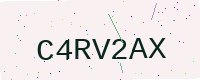
Text: C4RV2AX